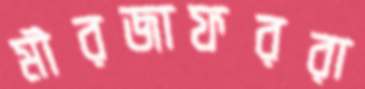
মীরজাফররা